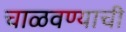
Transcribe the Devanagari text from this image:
चाळवण्याची